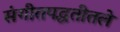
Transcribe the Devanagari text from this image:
संगीतपद्धतीतले